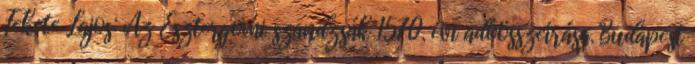
Fekete Lajos: Az Esztergomi szandzsák 1570. évi adóösszeírása. Budapest